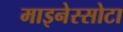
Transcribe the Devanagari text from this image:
माइनेस्सोटा